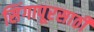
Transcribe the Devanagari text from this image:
सिंगापूरसाठी